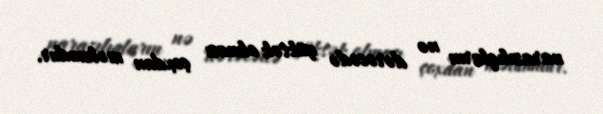
narazılıqların nə dərəcədə yüksək olması çoxdan məlumdur.